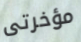
مؤخرتى